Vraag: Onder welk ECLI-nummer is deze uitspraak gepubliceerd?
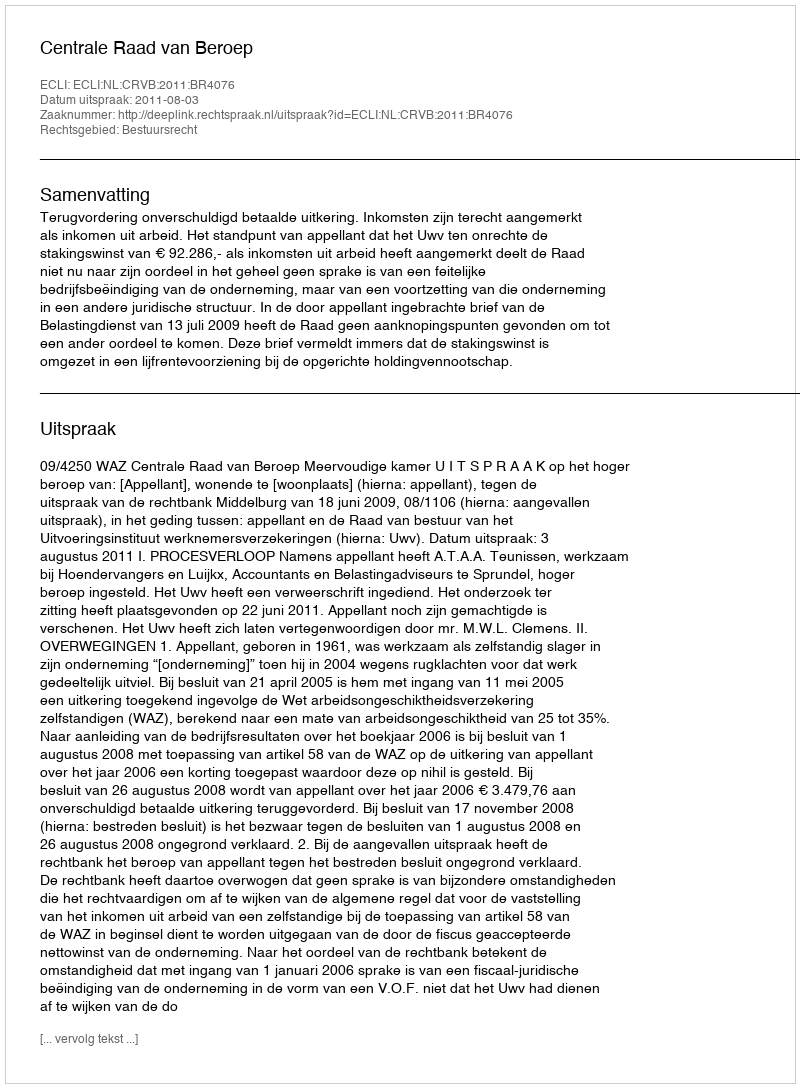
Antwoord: ECLI:NL:CRVB:2011:BR4076